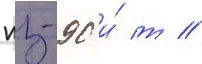
пз-90 и́ т //